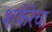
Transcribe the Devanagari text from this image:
शर्करेचा